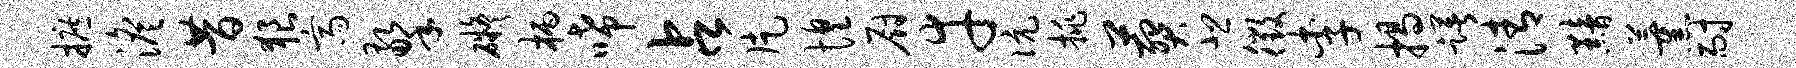
摭澹昔狼斋擎碍柄唏占片惶厨幸伉挑葬悲徵李揭躇清黯薰耐